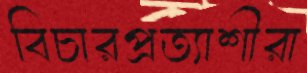
বিচারপ্রত্যাশীরা